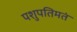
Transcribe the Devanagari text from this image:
पशुपतिमतं